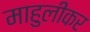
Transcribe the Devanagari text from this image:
माहुलीकर